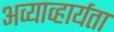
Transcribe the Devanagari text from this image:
अव्याव्हार्यता